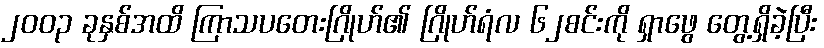
၂၀၀၃ ခုနှစ်အထိ ကြာသပတေးဂြိုဟ်၏ ဂြိုဟ်ရံလ ၆၂စင်းကို ရှာဖွေ တွေ့ရှိခဲ့ပြီး